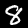
Label: 8